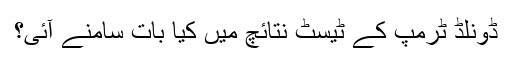
ڈونلڈ ٹرمپ کے ٹیسٹ نتائچ میں کیا بات سامنے آئی؟